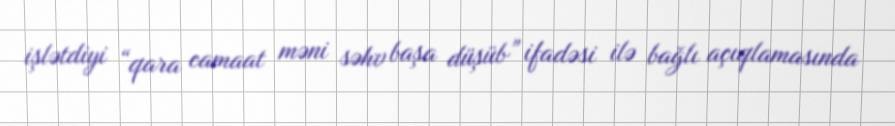
işlətdiyi “qara camaat məni səhv başa düşüb” ifadəsi ilə bağlı açıqlamasında